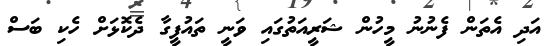
އަދި އެތަން ފެނުނު މީހުން ޝަރީއަތުގައި ވަނީ ތައުފީގާ ދެކޮޅަށް ހެކި ބަސް